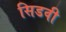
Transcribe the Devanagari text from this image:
सिडवी